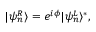
| \psi _ { n } ^ { R } \rangle = e ^ { i \phi } | \psi _ { n } ^ { L } \rangle ^ { \ast } ,